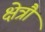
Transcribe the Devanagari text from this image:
क्षेत्रौ